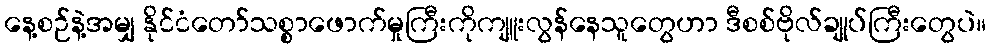
နေ့စဉ်နဲ့အမျှ နိုင်ငံတော်သစ္စာဖောက်မှုကြီးကိုကျူးလွန်နေသူတွေဟာ ဒီစစ်ဗိုလ်ချုပ်ကြီးတွေပဲ။